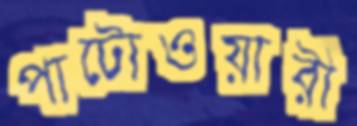
পাটোওয়ারী